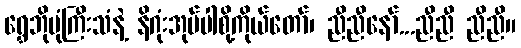
ရွှေဘိုဗုံကြီးသံနဲ့ နိဂုံးအုပ်ပါစို့ကိုယ်တော်၊ ညီညီနော်...ညီညီ ညီညီ။